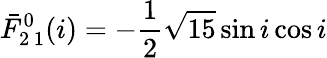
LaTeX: \bar{F}_{2\, 1}^{0}(i)=-\frac{1}{2}\sqrt{15}\sin i\cos i